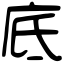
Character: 底